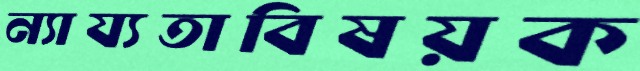
ন্যায্যতাবিষয়ক